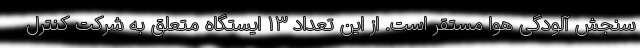
سنجش آلودگی هوا مستقر است. از این تعداد ۱۳ ایستگاه متعلق به شرکت کنترل